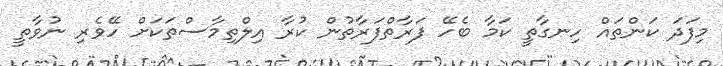
މިފަދަ ކަންތައް ހިނގާތީ ކަމާ ބެހޭ ފަރާތްފަރާތުން ކުރާ އިލްތިމާސްތަކަށް ހޭވެރި ނުވާތީ